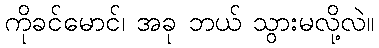
ကိုခင်မောင်၊ အခု ဘယ် သွားမလို့လဲ။